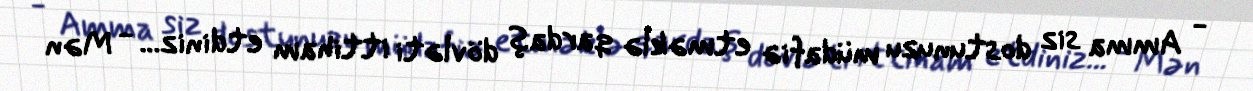
- Amma siz dostunuzu müdafiə etməklə qardaş dövləti ittiham etdiniz... - Mən